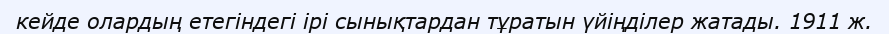
кейде олардың етегіндегі ірі сынықтардан тұратын үйіңділер жатады. 1911 ж.